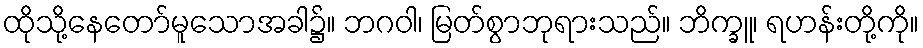
ထိုသို့နေတော်မူသောအခါ၌။ ဘဂဝါ၊ မြတ်စွာဘုရားသည်။ ဘိက္ခူ၊ ရဟန်းတို့ကို။